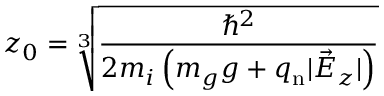
z _ { 0 } = \sqrt [ 3 ] { \frac { \hbar ^ { 2 } } { 2 m _ { i } \left( m _ { g } g + q _ { \mathrm { n } } | \vec { E } _ { z } | \right) } }